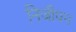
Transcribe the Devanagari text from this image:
निजीपन